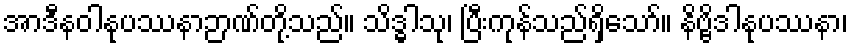
အာဒီနဝါနုပဿနာဉာဏ်တို့သည်။ သိဒ္ဓါသု၊ ပြီးကုန်သည်ရှိသော်။ နိဗ္ဗိဒါနုပဿနာ၊